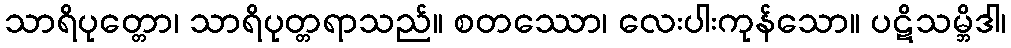
သာရိပုတ္တော၊ သာရိပုတ္တရာသည်။ စတဿော၊ လေးပါးကုန်သော။ ပဋိသမ္ဘိဒါ၊